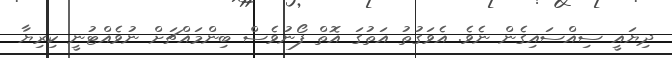
ދިޔައީ ސިއްސައިގެން ނެވެ. އެވަގުތު އަތުގަ އޮތް ފޯނުވެސް ބިންމައްޗަށް ނުވެއްޓުނީ ކިރިޔާ